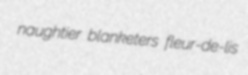
naughtier blanketers fleur-de-lis